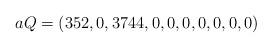
LaTeX: \begin{align*}aQ=(352, 0, 3744, 0, 0, 0, 0, 0, 0, 0)\end{align*}